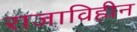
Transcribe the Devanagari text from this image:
राजाविहीन